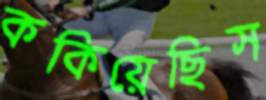
ককিয়েছিস